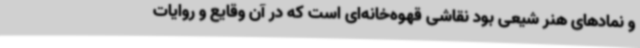
و نمادهای هنر شیعی بود نقاشی قهوه‌خانه‌ای است که در آن وقایع و روایات